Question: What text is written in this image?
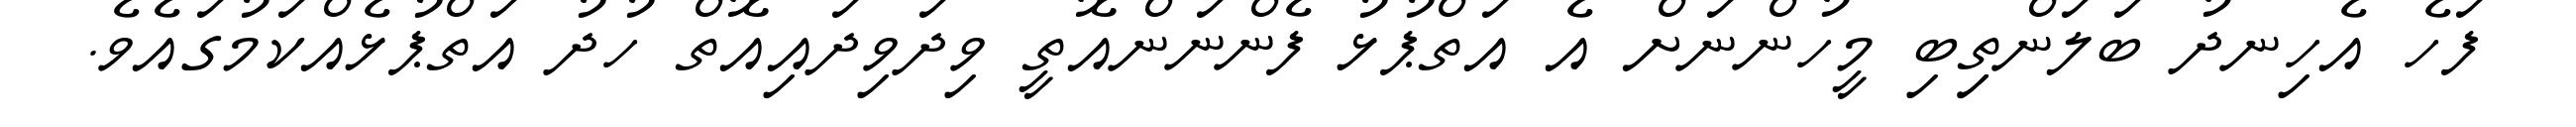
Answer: ފަހެ އެހިނދު ބަލަންތިިބި މީހުންނަށް އެ އަތްޕުޅު ފެންނަންއޮތީ ވިދަވިދައިއޮތް ހުދު އަތްޕުޅެއްކަމުގައެވެ.